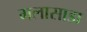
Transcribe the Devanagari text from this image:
मलासाडा